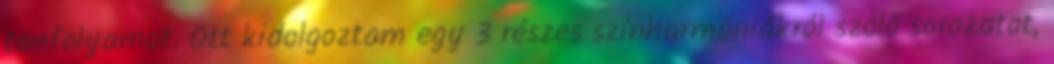
tanfolyamot. Ott kidolgoztam egy 3 részes színharmóniákról szóló sorozatot,